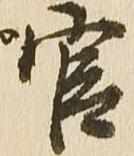
官